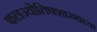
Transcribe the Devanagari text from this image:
फलज्योतिषशास्त्राच्या